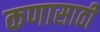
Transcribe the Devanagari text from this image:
कणासाठी